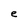
Character: e